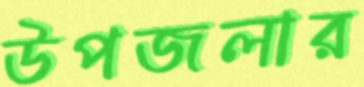
উপজলার